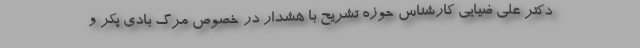
دکتر علی ضیایی کارشناس حوزه تشریح با هشدار در خصوص مرگ بادی پکر و